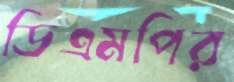
ডিএমপির